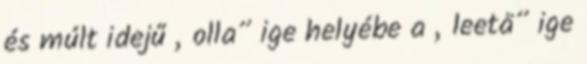
és múlt idejű „olla” ige helyébe a „leetä” ige